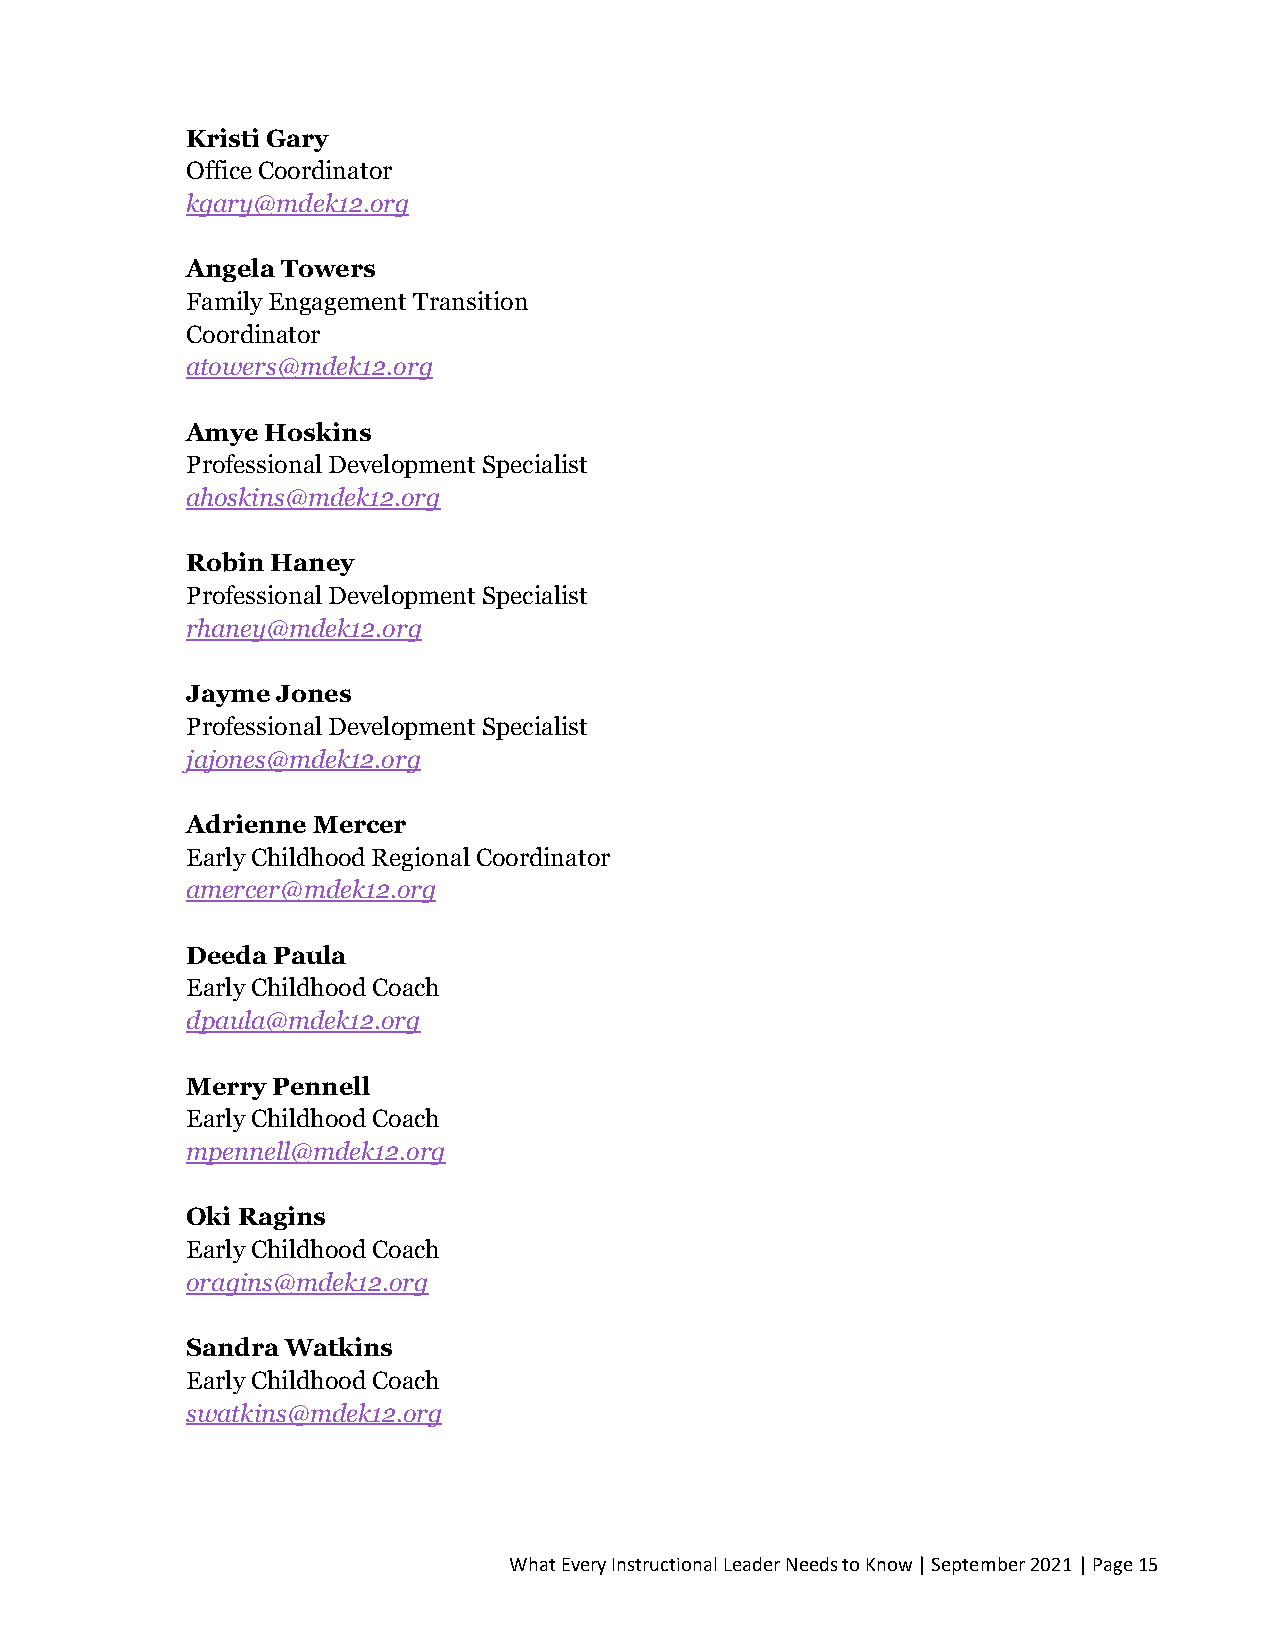
Kristi Gary
 Office Coordinator
 kgary@mdek12.org
 Angela Towers
 Family Engagement Transition
 Coordinator
 atowers@mdek12.org
 Amye  Hoskins
 Professional Development Specialist
 ahoskins@mdek12.org
 Robin Haney
 Professional Development Specialist
 rhaney@mdek12.org
 Jayme Jones
 Professional Development Specialist
 jajones@mdek12.org
 Adrienne Mercer
 Early Childhood Regional Coordinator
 amercer@mdek12.org
 Deeda Paula
 Early Childhood Coach
 dpaula@mdek12.org
 Merry Pennell
 Early Childhood Coach
 mpennell@mdek12.org
 Oki Ragins
 Early Childhood Coach
 oragins@mdek12.org
 Sandra Watkins
 Early Childhood Coach
 swatkins@mdek12.org
 What Every Instructional Leader Needs to Know | September 2021 | Page 15